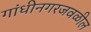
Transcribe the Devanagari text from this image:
गांधीनगरजवळील